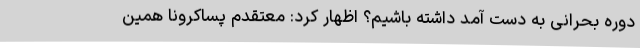
دوره بحرانی به دست آمد داشته باشیم؟ اظهار کرد: معتقدم پساکرونا همین